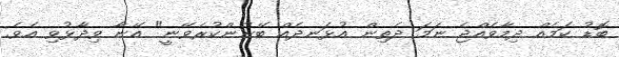
ބޮޑު ކަމެއް ދިމާވެއްޖެ ނަމަ ދެތިން އުޅަނދެއް ބޭނުންކުރެވޭނީ" އޭނާ ވިދާޅުވި އެވެ.